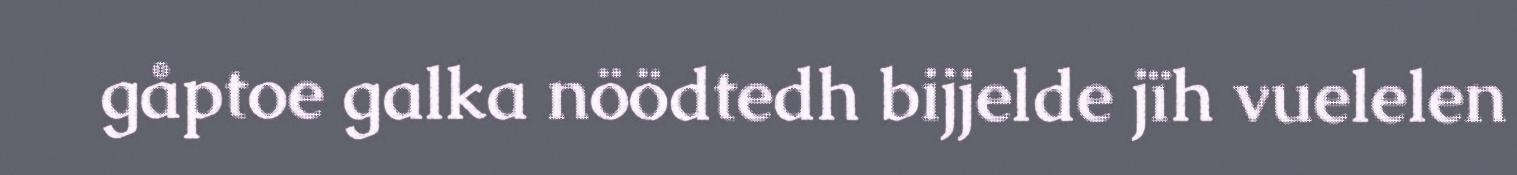
gåptoe galka nöödtedh bijjelde jïh vuelelen